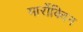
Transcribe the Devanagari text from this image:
मार्रोक्विन